Report of the Indian Hemp Drugs Commission, 1894-1895 - Volume IV
Year: 1894
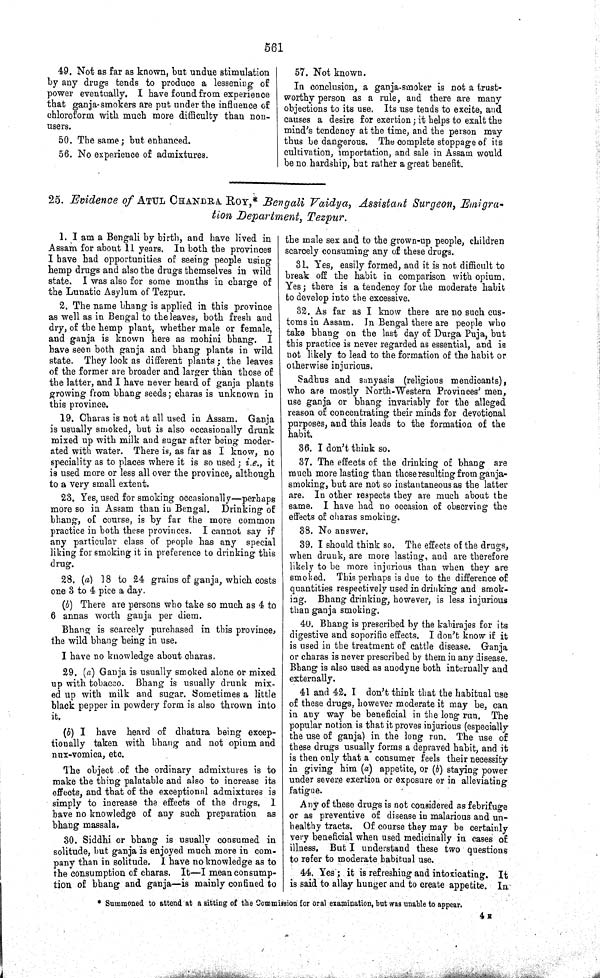
561
49. Not as far as known, but undue stimulation
by any drugs tends to produce a lessening of
power eventually. I have found from experience
that ganja-smokers are put under the influence of
chloroform with much more difficulty than non-
users.
50. The same; but enhanced.
56. No experience of admixtures.
57. Not known.
In conclusion, a ganja-smoker is not a trust-
worthy person as a rule, and there are many
objections to its use. Its use tends to excite, and
causes a desire for exertion; it helps to exalt the
mind's tendency at the time, and the person may
thus be dangerous. The complete stoppage of its
cultivation, importation, and sale in Assam would
be no hardship, but rather a great benefit.
25. Evidence of ATUL CHANDRA ROY,* Bengali Vaidya, Assistant Surgeon, Emigra-
tion Department, Tezpur.
1. I am a Bengali by birth, and have lived in
Assam for about 11 years. In both the provinces
I have had opportunities of seeing people using
hemp drugs and also the drugs themselves in wild
state. I was also for some months in charge of
the Lunatic Asylum of Tezpur.
2. The name bhang is applied in this province
as well as in Bengal to the leaves, both fresh and
dry, of the hemp plant, whether male or female,
and ganja is known here as mohini bhang. I
have seen both ganja and bhang plants in wild
state. They look as different plants; the leaves
of the former are broader and larger than those of
the latter, and I have never heard of ganja plants
growing from bhang seeds; charas is unknown in
this province.
19. Charas is not at all used in Assam. Ganja
is usually smoked, but is also occasionally drunk
mixed up with milk and sugar after being moder-
ated with water. There is, as far as I know, no
speciality as to places where it is so used; i.e., it
is used more or less all over the province, although
to a very small extent.
23. Yes, used for smoking occasionally—perhaps
more so in Assam than in Bengal. Drinking of
bhang, of course, is by far the more common
practice in both these provinces. I cannot say if
any particular class of people has any special
liking for smoking it in preference to drinking this
drug.
28. (a) 18 to 24 grains of ganja, which costs
one 3 to 4 pice a day.
(b) There are persons who take so much as 4 to
6 annas worth ganja per diem.
Bhang is scarcely purchased in this province,
the wild bhang being in use.
I have no knowledge about charas.
29. (a) Ganja is usually smoked alone or mixed
up with tobacco. Bhang is usually drunk mix-
ed up with milk and sugar. Sometimes a little
black pepper in powdery form is also thrown into
it.
(b) I have heard of dhatura being excep-
tionally taken with bhang and not opium and
nux-vomica, etc.
The object of the ordinary admixtures is to
make the thing palatable and also to increase its
effects, and that of the exceptional admixtures is
simply to increase the effects of the drugs. I
have no knowledge of any such preparation as
bhang massala.
30. Siddhi or bhang is usually consumed in
solitude, but ganja is enjoyed much more in com-
pany than in solitude. I have no knowledge as to
the consumption of charas. It—I mean consump-
tion of bhang and ganja—is mainly confined to
the male sex and to the grown-up people, children
scarcely consuming any of these drugs.
31. Yes, easily formed, and it is not difficult to
break off the habit in comparison with opium.
Yes; there is a tendency for the moderate habit
to develop into the excessive.
32. As far as I know there are no such cus-
toms in Assam. In Bengal there are people who
take bhang on the last day of Durga Puja, but
this practice is never regarded as essential, and is
not likely to lead to the formation of the habit or
otherwise injurious.
Sadhus and sanyasis (religious mendicants),
who are mostly North-Western Provinces' men,
use ganja or bhang invariably for the alleged
reason of concentrating their minds for devotional
purposes, and this leads to the formation of the
habit.
36. I don't think so.
37. The effects of the drinking of bhang are
much more lasting than those resulting from ganja-
smoking, but are not so instantaneous as the latter
are. In other respects they are much about the
same. I have had no occasion of observing the
effects of charas smoking.
38. No answer.
39. I should think so. The effects of the drugs,
when drunk, are more lasting, and are therefore
likely to be more injurious than when they are
smoked. This perhaps is due to the difference of
quantities respectively used in drinking and smok-
ing. Bhang drinking, however, is less injurious
than ganja smoking.
40. Bhang is prescribed by the kabirajes for its
digestive and soporific effects. I don't know if it
is used in the treatment of cattle disease. Ganja
or charas is never prescribed by them in any disease.
Bhang is also used as anodyne both internally and
externally.
41 and 42. I don't think that the habitual use
of these drugs, however moderate it may be, can
in any way be beneficial in the long run. The
popular notion is that it proves injurious (especially
the use of ganja) in the long run. The use of
these drugs usually forms a depraved habit, and it
is then only that a consumer feels their necessity
in giving him (a) appetite, or (b) staying power
under severe exertion or exposure or in alleviating
fatigue.
Any of these drugs is not considered as febrifuge
or as preventive of disease in malarious and un-
healthy tracts. Of course they may be certainly
very beneficial when used medicinally in cases of
illness. But I understand these two questions
to refer to moderate habitual use.
44. Yes; it is refreshing and intoxicating. It
is said to allay hunger and to create appetite. In
* Summoned to attend at a sitting of the Commission for oral examination, but was unable to appear.
4 E